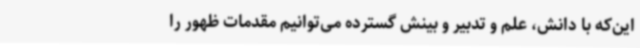
این‌که با دانش، علم و تدبیر و بینش گسترده می‌توانیم مقدمات ظهور را